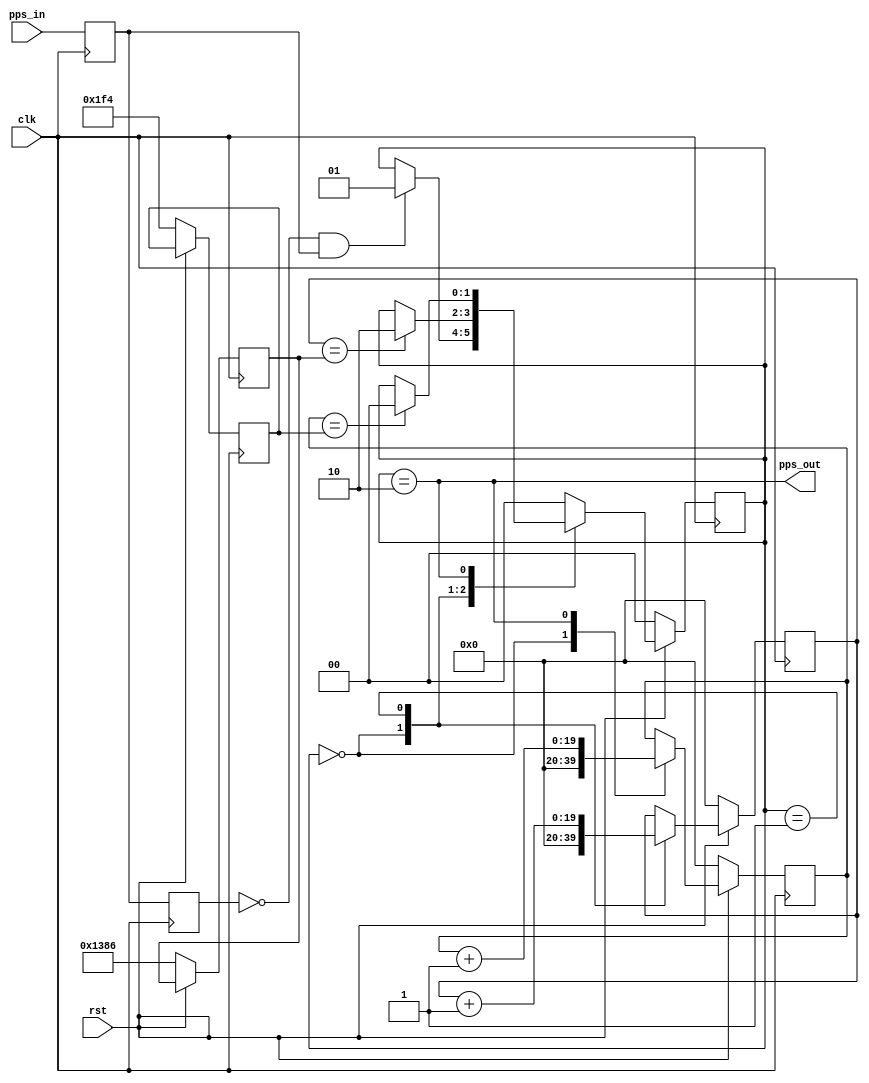
module delayPPS (
    input clk,
    input pps_in,
    output pps_out,
    input rst
    );
    localparam IDLE = 2'b00;
    localparam WAIT = 2'b01;
    localparam PULSE = 2'b10;

    //Delay the PPS for 300ms
    reg [19:0] delay_counter;
    reg [19:0] pulse_counter;

    reg [19:0] delay_counter_overflow;
    reg [19:0] pulse_counter_overflow;

    reg [1:0] currentState;
    reg [1:0] nextState;

    assign pps_out = (currentState == PULSE);

    reg pps_d;
    reg pps_d2;
    always @(posedge clk) begin
        pps_d <= pps_in;
        pps_d2 <= pps_d;
        if (!rst) begin
            currentState <= IDLE;
            delay_counter_overflow <= 20'h1386;
            pulse_counter_overflow <= 20'h1F4;
            delay_counter <= 0;
            pulse_counter <= 0;
        end
        else begin
            currentState <= nextState;
            case(currentState)
                IDLE: begin
                    delay_counter <= 0;
                    pulse_counter <= 0;
                end
                WAIT: begin
                    delay_counter <= delay_counter + 1;
                end
                PULSE: begin
                    pulse_counter <= pulse_counter + 1;
                end
                default: begin
                    
                end
            endcase
        end
    end

    always @(*) begin
        nextState = currentState;
        case(currentState)
            IDLE: begin
                if(pps_d2 == 0 & pps_d == 1) begin
                    nextState = WAIT;
                end
            end
            WAIT: begin
                if(delay_counter == delay_counter_overflow)begin
                    nextState = PULSE;
                end
            end
            PULSE: begin
                if(pulse_counter == pulse_counter_overflow)begin
                    nextState = IDLE;
                end
            end
            default: begin
                nextState = IDLE;
            end
        endcase
    end
endmodule